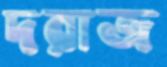
দরাজ